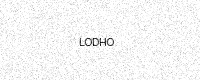
Text: LODHO